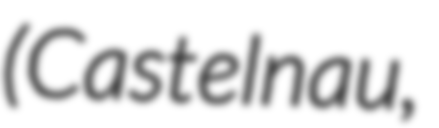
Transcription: (Castelnau,